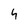
Character: 4